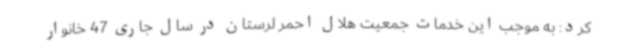
کرد: به موجب این خدمات جمعیت هلال احمر لرستان در سال جاری 47 خانوار